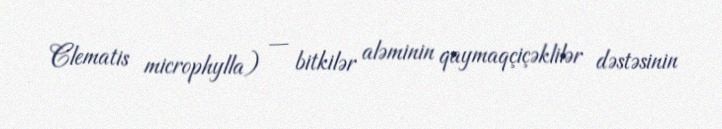
Clematis microphylla) — bitkilər aləminin qaymaqçiçəklilər dəstəsinin